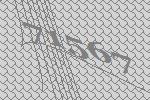
71567